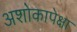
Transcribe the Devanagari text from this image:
अशोकापेक्षा